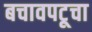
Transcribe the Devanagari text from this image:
बचावपटूचा